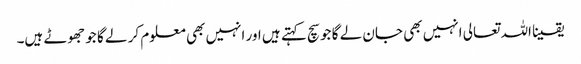
یقینا اللہ تعالی انہیں بھی جان لے گا جو سچ کہتے ہیں اور انہیں بھی معلوم کر لے گا جو جھوٹے ہیں۔